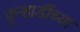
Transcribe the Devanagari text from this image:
कुऱ्हाडींच्या